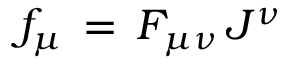
f _ { \mu } \, = \, F _ { \mu \nu } \, J ^ { \nu }